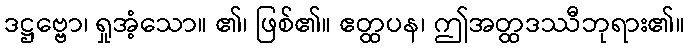
ဒဋ္ဌဗ္ဗော၊ ရှုအံ့သော။ ၏၊ ဖြစ်၏။ ဧတ္ထပန၊ ဤအတ္ထဒဿီဘုရား၏။